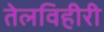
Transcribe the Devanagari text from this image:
तेलविहीरी